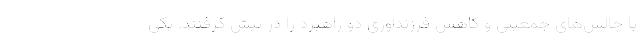
با چالش‌های جمعیتی و کاهش فرزندآوری دو راهبرد را در پیش گرفتند. یکی